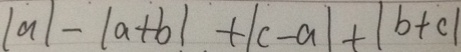
\vert a \vert - \vert a + b \vert + \vert c - a \vert + \vert b + c \vert